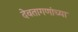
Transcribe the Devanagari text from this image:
देवतागणांच्या